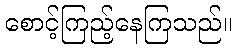
စောင့်ကြည့်နေကြသည်။